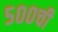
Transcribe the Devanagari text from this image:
५००ची